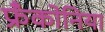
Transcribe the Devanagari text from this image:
फ्रँकोनिया